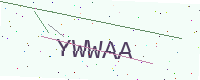
Text: YWWAA